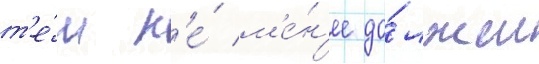
т'е́м н'е́ м'е́н'ее до́лжен